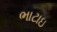
ભાટાઇ